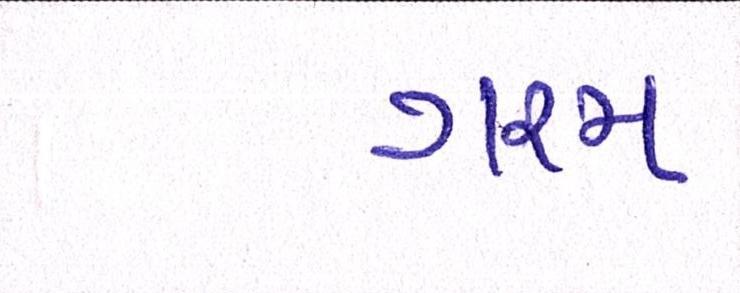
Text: ગરમ